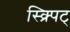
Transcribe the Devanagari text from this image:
स्क्र्पिट्